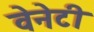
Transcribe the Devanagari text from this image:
वेनेटी